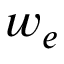
w _ { e }